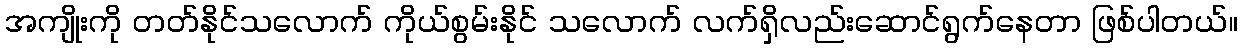
အကျိုးကို တတ်နိုင်သလောက် ကိုယ်စွမ်းနိုင် သလောက် လက်ရှိလည်းဆောင်ရွက်နေတာ ဖြစ်ပါတယ်။